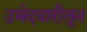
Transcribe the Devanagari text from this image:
उमेदवारीतून